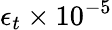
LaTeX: \epsilon_{t}\times 10^{-5}